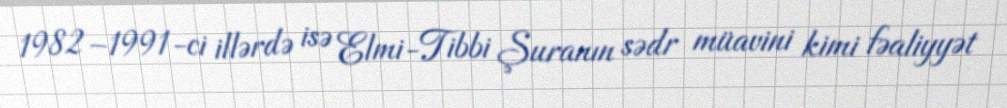
1982–1991-ci illərdə isə Elmi-Tibbi Şuranın sədr müavini kimi fəaliyyət